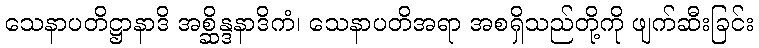
သေနာပတိဋ္ဌာနာဒိ အစ္ဆိန္ဒနာဒိကံ၊ သေနာပတိအရာ အစရှိသည်တို့ကို ဖျက်ဆီးခြင်း